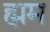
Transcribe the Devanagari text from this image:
ह्मम